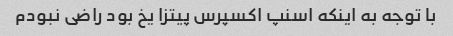
با توجه به اینکه اسنپ اکسپرس پیتزا یخ بود راضی نبودم